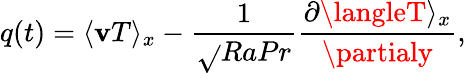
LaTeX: q(t)=\langle\mathbf{v}T\rangle_{x}-\frac{{1}}{{\sqrt{}{{RaPr}}}}\frac{{\partial\langleT\rangle_{x}}}{{\partialy}},